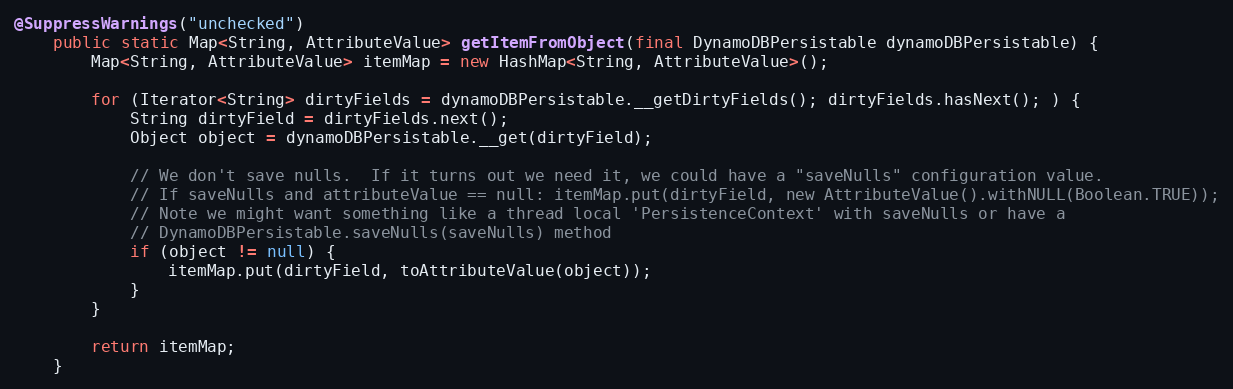
Language: Java
@SuppressWarnings("unchecked")
    public static Map<String, AttributeValue> getItemFromObject(final DynamoDBPersistable dynamoDBPersistable) {
        Map<String, AttributeValue> itemMap = new HashMap<String, AttributeValue>();

        for (Iterator<String> dirtyFields = dynamoDBPersistable.__getDirtyFields(); dirtyFields.hasNext(); ) {
            String dirtyField = dirtyFields.next();
            Object object = dynamoDBPersistable.__get(dirtyField);

            // We don't save nulls.  If it turns out we need it, we could have a "saveNulls" configuration value.
            // If saveNulls and attributeValue == null: itemMap.put(dirtyField, new AttributeValue().withNULL(Boolean.TRUE));
            // Note we might want something like a thread local 'PersistenceContext' with saveNulls or have a
            // DynamoDBPersistable.saveNulls(saveNulls) method
            if (object != null) {
                itemMap.put(dirtyField, toAttributeValue(object));
            }
        }

        return itemMap;
    }